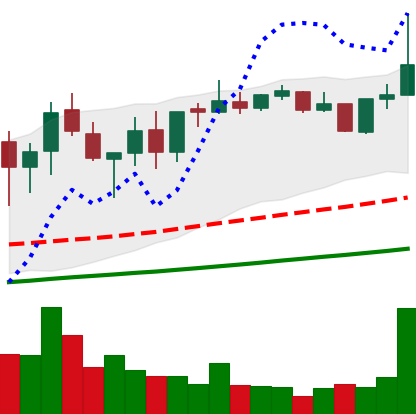
Ticker: XMR-USD
Chart end date: 2021-05-07
Forward return: -14.167%
Label: down_7plus